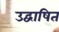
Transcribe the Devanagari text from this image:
उद्वाषित